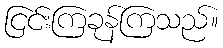
ငြင်းကြခုန်ကြသည်။